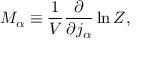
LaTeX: M _ { \alpha } \equiv \frac { 1 } { V } \frac { \partial } { \partial j _ { \alpha } } \ln Z ,